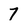
Character: 7